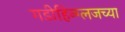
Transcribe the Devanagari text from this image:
गडीहिन्ग्लजच्या